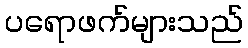
ပရောဖက်များသည်